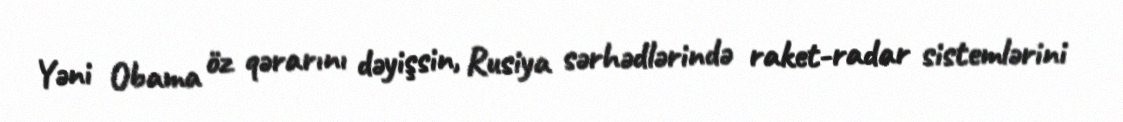
Yəni Obama öz qərarını dəyişsin, Rusiya sərhədlərində raket-radar sistemlərini